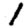
Digit: 1